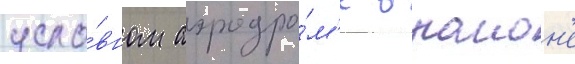
усло́вном аэродро́м'е в раион'е